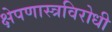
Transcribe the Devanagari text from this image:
क्षेपणास्त्रविरोधी